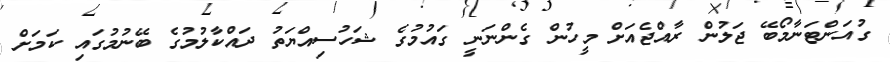
ގުއަންޓަނާމޯބޭ ޖަލުން ރާއްޖެއަށް މީހުން ގެންނަނީ ގައުމުގެ ޝަހުސިއްޔަތު ދައްކާލުމުގެ ބޭނުމުގައި ކަމަށް